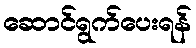
ဆောင်ရွက်ပေးရန်